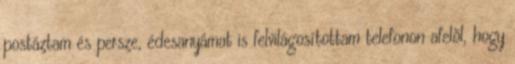
postáztam és persze, édesanyámat is felvilágosítottam telefonon afelõl, hogy